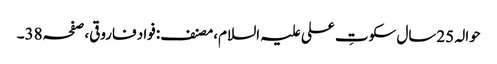
حوالہ 25سال سکوتِ علی علیہ السلام،مصنف:فواد فاروقی،صفحہ38۔